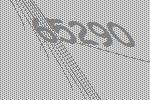
65290